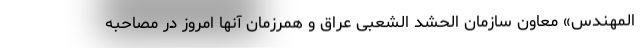
المهندس» معاون سازمان الحشد الشعبی عراق و همرزمان آنها امروز در مصاحبه